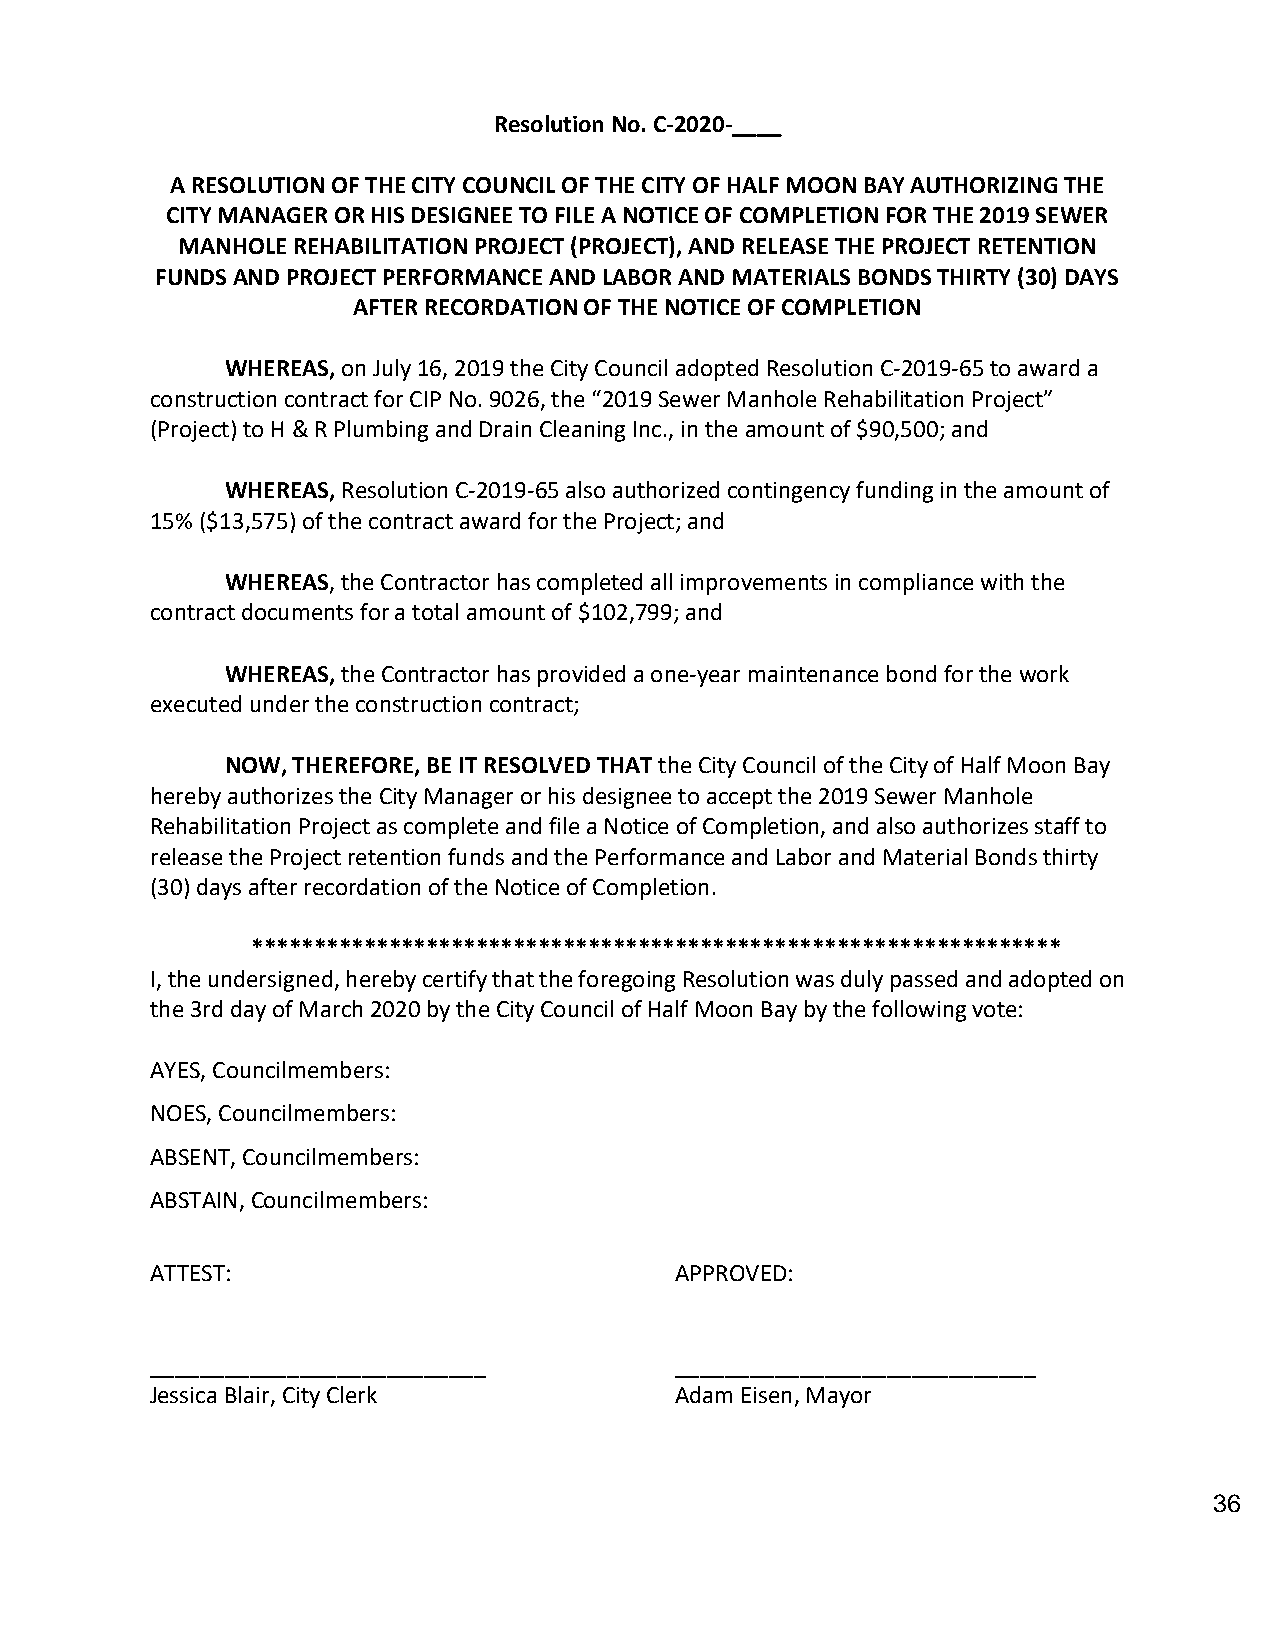
Resolution No. C-2020-____
 A RESOLUTION OF THE CITY COUNCIL OF THE CITY OF HALF MOON BAY AUTHORIZING THE
 CITY MANAGER OR HIS DESIGNEE TO FILE A NOTICE OF COMPLETION FOR THE 2019 SEWER
 MANHOLE REHABILITATION PROJECT (PROJECT), AND RELEASE THE PROJECT RETENTION
 FUNDS AND PROJECT PERFORMANCE AND LABOR AND MATERIALS BONDS THIRTY (30) DAYS
 AFTER RECORDATION OF THE NOTICE OF COMPLETION
 WHEREAS, on July 16, 2019 the City Council adopted Resolution C-2019-65 to award a
 construction contract for CIP No. 9026, the “2019 Sewer Manhole Rehabilitation Project”
 (Project) to H & R Plumbing and Drain Cleaning Inc., in the amount of $90,500; and
 WHEREAS, Resolution C-2019-65 also authorized contingency funding in the amount of
 15% ($13,575) of the contract award for the Project; and
 WHEREAS, the Contractor has completed all improvements in compliance with the
 contract documents for a total amount of $102,799; and
 WHEREAS, the Contractor has provided a one-year maintenance bond for the work
 executed under the construction contract;
 NOW, THEREFORE, BE IT RESOLVED THAT the City Council of the City of Half Moon Bay
 hereby authorizes the City Manager or his designee to accept the 2019 Sewer Manhole
 Rehabilitation Project as complete and file a Notice of Completion, and also authorizes staff to
 release the Project retention funds and the Performance and Labor and Material Bonds thirty
 (30) days after recordation of the Notice of Completion.
 *****************************************************************
 I, the undersigned, hereby certify that the foregoing Resolution was duly passed and adopted on
 the 3rd day of March 2020 by the City Council of Half Moon Bay by the following vote:
 AYES, Councilmembers:
 NOES, Councilmembers:
 ABSENT, Councilmembers:
 ABSTAIN, Councilmembers:
 ATTEST:                            APPROVED:
 ___________________________        _____________________________
 Jessica Blair, City Clerk          Adam Eisen, Mayor
 36